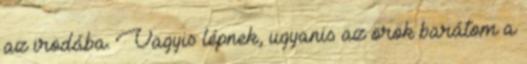
az irodába. Vagyis lépnek, ugyanis az örök barátom a